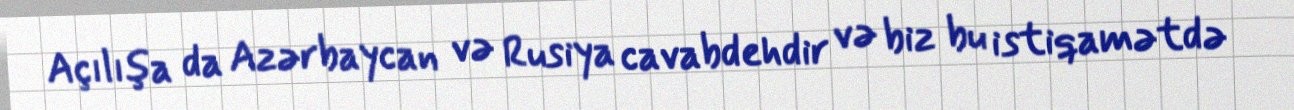
Açılışa da Azərbaycan və Rusiya cavabdehdir və biz bu istiqamətdə